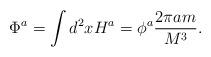
LaTeX: \begin{align*}\Phi^a = \int d^2x H^a = \phi^a\frac{2\pi am}{M^3}.\end{align*}